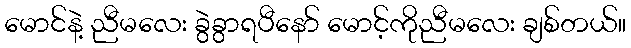
မောင်နဲ့ ညီမလေး ခွဲခွာရပီနော် မောင့်ကိုညီမလေး ချစ်တယ်။